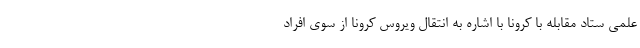
علمی ستاد مقابله با کرونا با اشاره به انتقال ویروس کرونا از سوی افراد